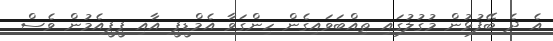
އެ ދެ ބޭފުޅުން މުގުލުގައި ތިއްބަވައިގެން ހިންގަވާ އެމްޑީޕީ އާއި ޕީޕީއެމުން ވެސް